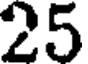
25